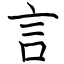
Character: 言